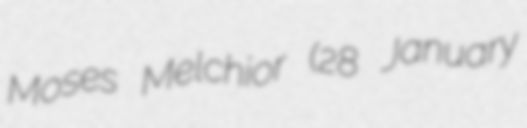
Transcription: Moses Melchior (28 January